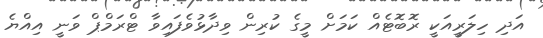
އަދި ހިލަރީއަކީ ރޮބޮޓެއް ކަމަށް މީގެ ކުރިން ވިދާޅުވެފައިވާ ޓްރަމްޕް ވަނީ އިއްޔެ